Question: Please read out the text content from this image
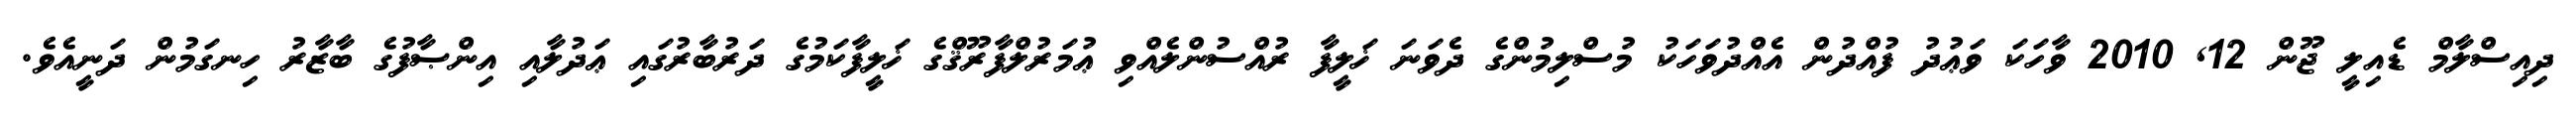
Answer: ދިއިސްލާމް ޑެއިލީ ޖޫން 12, 2010 ވާހަކަ ވަޢުދު ފުއްދުން އެއްދުވަހަކު މުސްލިމުންގެ ދެވަނަ ޚަލީފާ ރުއްސުންލެއްވި ޢުމަރުލްފާރޫޤްގެ ޚަލީފާކަމުގެ ދަރުބާރުގައި ޢަދުލާއި އިންޞާފުގެ ބާޒާރު ހިނގަމުން ދަނީއެވެ.